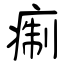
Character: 痸